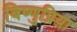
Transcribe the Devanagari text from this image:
बिष्णुप्रिय़ा